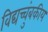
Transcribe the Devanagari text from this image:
विद्यच्चुंबकीय